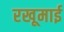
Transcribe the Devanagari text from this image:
रखूमाई